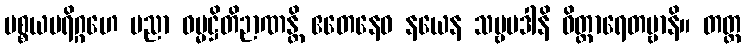
ပစ္စယပရိဂ္ဂဟေ ပညာ ဓမ္မဋ္ဌိတိဉာဏန္တိ ဧတေနေဝ နယေန သဗ္ဗပဒါနိ ဝိတ္ထာရေတဗ္ဗာနိ။ တတ္ထ